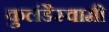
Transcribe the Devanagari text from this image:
कुलंडैस्वामी